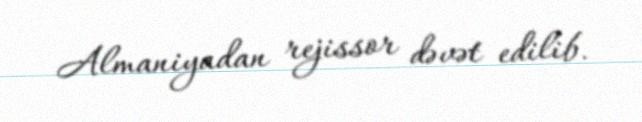
Almaniyadan rejissor dəvət edilib.